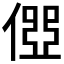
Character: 𠍄